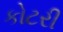
કોટરી